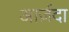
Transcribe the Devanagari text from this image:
आर्ज़दा